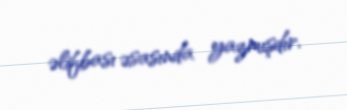
əlifbası əsasında yazmışdır.